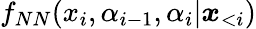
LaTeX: f_{NN}(x_{i},\alpha_{i-1},\alpha_{i}|\boldsymbol x_{<i})